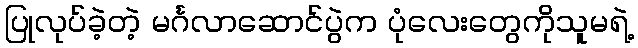
ပြုလုပ်ခဲ့တဲ့ မင်္ဂလာဆောင်ပွဲက ပုံလေးတွေကိုသူမရဲ့